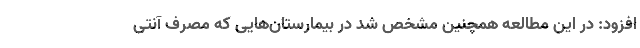
افزود: در این مطالعه همچنین مشخص شد در بیمارستان‌هایی که مصرف آنتی